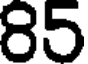
85